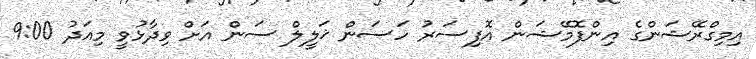
އިމިގްރޭޝަންގެ އިންފޮމޭޝަން އޮފިސަރު ހަސަން ޚަލީލް ސަން އަށް ވިދާޅުވީ މިއަދު 9:00